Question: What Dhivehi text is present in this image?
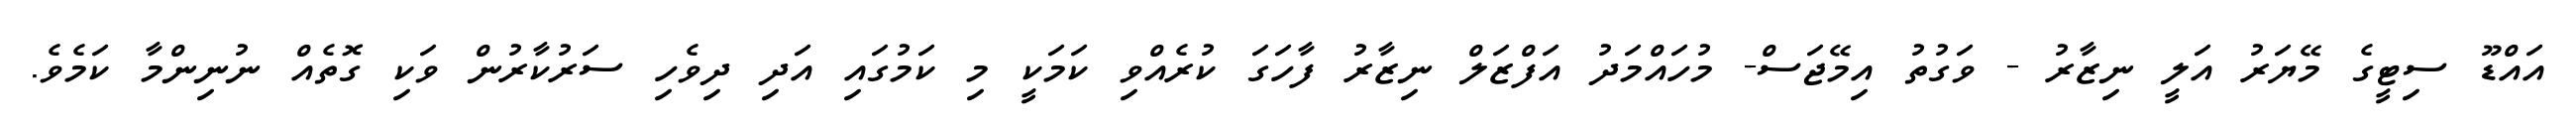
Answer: އައްޑޫ ސިޓީގެ މޭޔަރު އަލީ ނިޒާރު - ވަގުތު އިމޭޖަސް- މުހައްމަދު އަފްޒަލް ނިޒާރު ފާހަގަ ކުރެއްވި ކަމަކީ މި ކަމުގައި އަދި ދިވެހި ސަރުކާރުން ވަކި ގޮތެއް ނުނިންމާ ކަމެވެ.